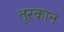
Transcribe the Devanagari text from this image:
तुरकान